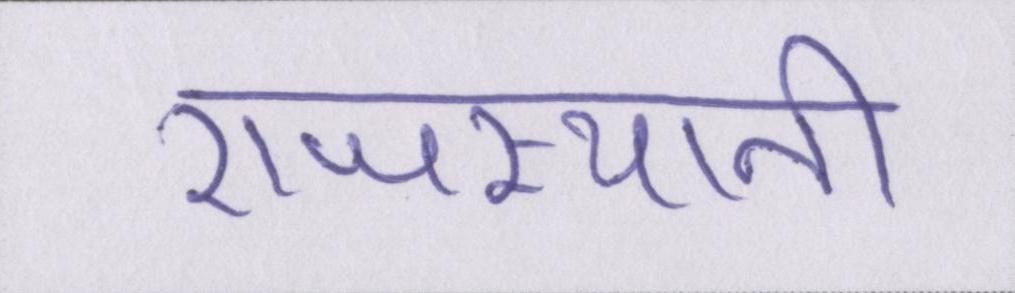
राजस्थानी